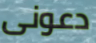
دعونى